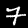
Digit: 7